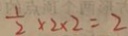
\frac { 1 } { 2 } \times 2 \times 2 = 2